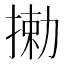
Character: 𫽘